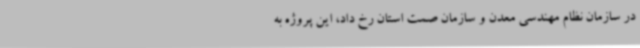
در سازمان نظام مهندسی معدن و سازمان صمت استان رخ داد، این پروژه به